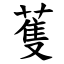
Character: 蒦